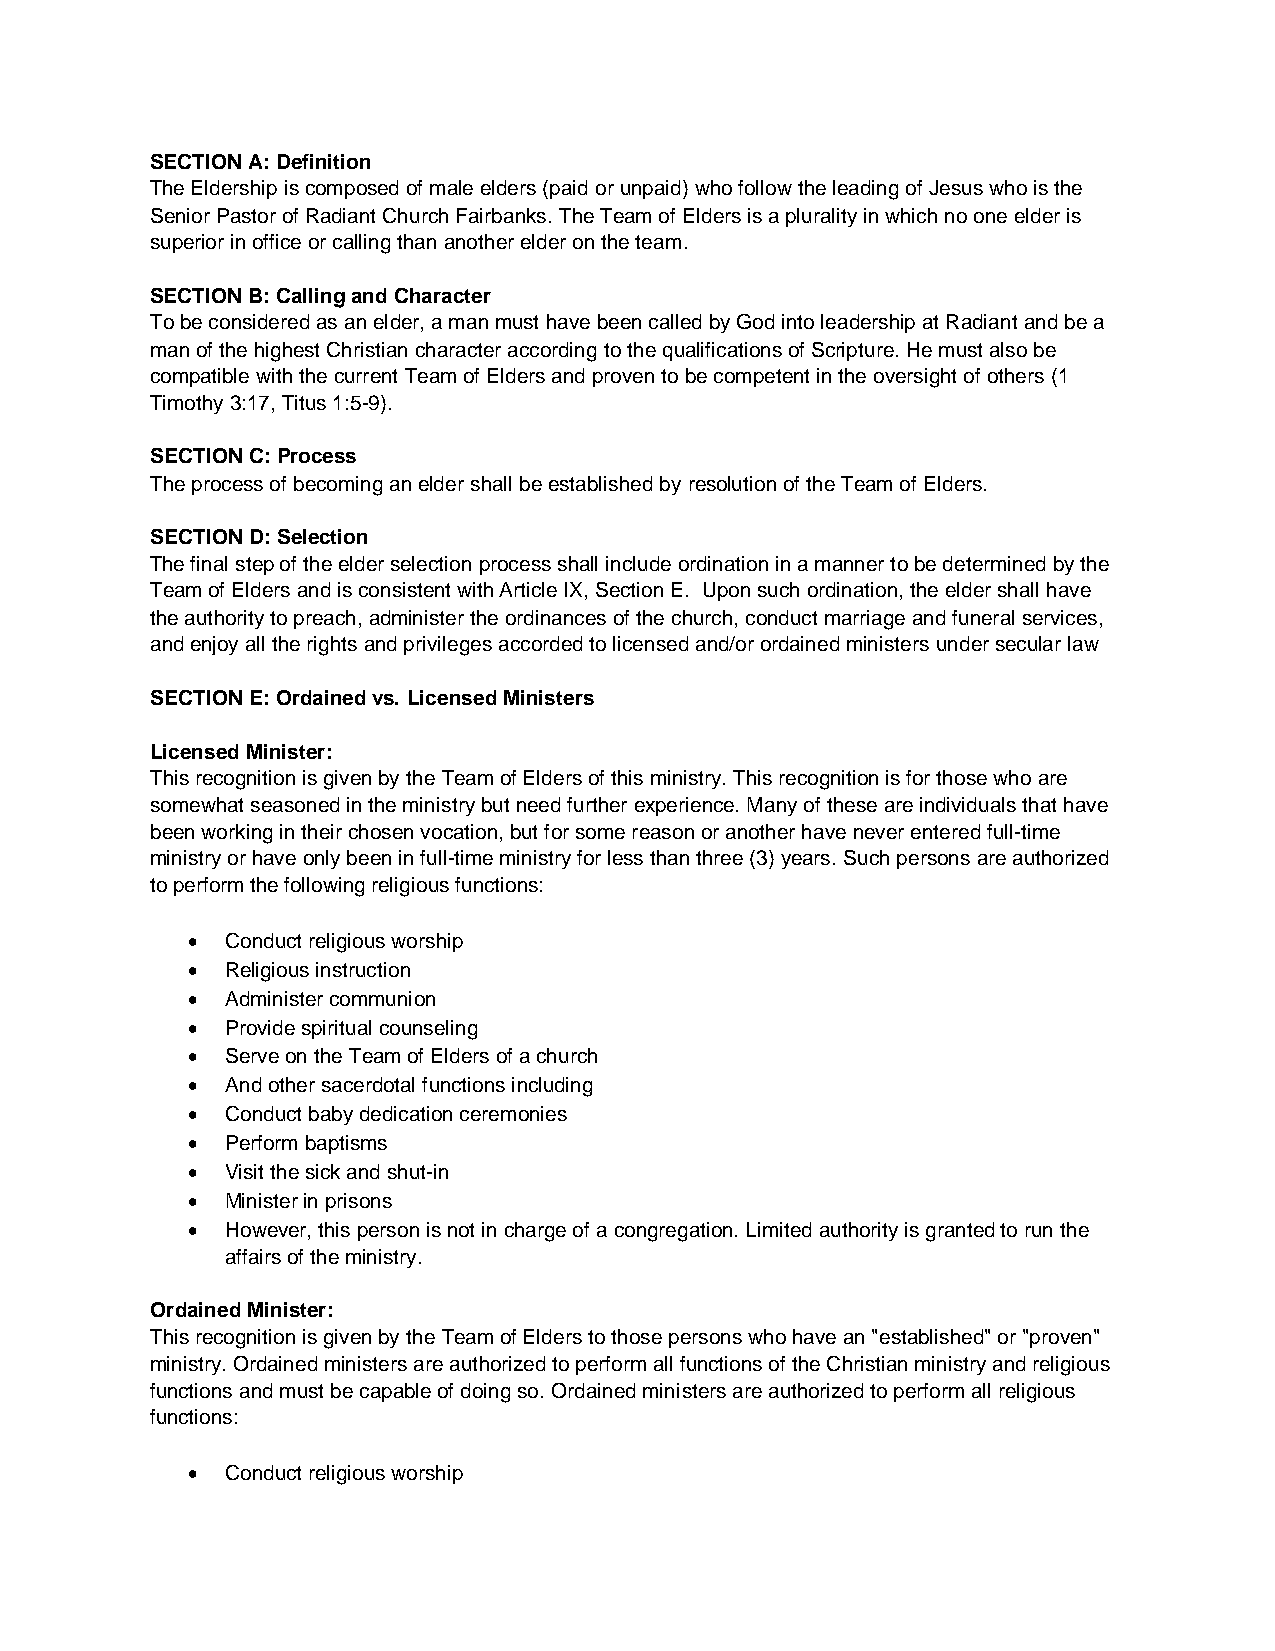
SECTION A: Definition
 The Eldership is composed of male elders (paid or unpaid) who follow the leading of Jesus who is the
 Senior Pastor of Radiant Church Fairbanks. The Team of Elders is a plurality in which no one elder is
 superior in office or calling than another elder on the team.
 SECTION B: Calling and Character
 To be considered as an elder, a man must have been called by God into leadership at Radiant and be a
 man of the highest Christian character according to the qualifications of Scripture. He must also be
 compatible with the current Team of Elders and proven to be competent in the oversight of others (1
 Timothy 3:17, Titus 1:5-9).
 SECTION C: Process
 The process of becoming an elder shall be established by resolution of the Team of Elders.
 SECTION D: Selection
 The final step of the elder selection process shall include ordination in a manner to be determined by the
 Team of Elders and is consistent with Article IX, Section E. Upon such ordination, the elder shall have
 the authority to preach, administer the ordinances of the church, conduct marriage and funeral services,
 and enjoy all the rights and privileges accorded to licensed and/or ordained ministers under secular law
 SECTION E: Ordained vs. Licensed Ministers
 Licensed Minister:
 This recognition is given by the Team of Elders of this ministry. This recognition is for those who are
 somewhat seasoned in the ministry but need further experience. Many of these are individuals that have
 been working in their chosen vocation, but for some reason or another have never entered full-time
 ministry or have only been in full-time ministry for less than three (3) years. Such persons are authorized
 to perform the following religious functions:
 •  Conduct religious worship
 •  Religious instruction
 •  Administer communion
 •  Provide spiritual counseling
 •  Serve on the Team of Elders of a church
 •  And other sacerdotal functions including
 •  Conduct baby dedication ceremonies
 •  Perform baptisms
 •  Visit the sick and shut-in
 •  Minister in prisons
 •  However, this person is not in charge of a congregation. Limited authority is granted to run the
 affairs of the ministry.
 Ordained Minister:
 This recognition is given by the Team of Elders to those persons who have an "established" or "proven"
 ministry. Ordained ministers are authorized to perform all functions of the Christian ministry and religious
 functions and must be capable of doing so. Ordained ministers are authorized to perform all religious
 functions:
 •  Conduct religious worship